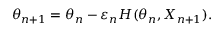
\theta _ { n + 1 } = \theta _ { n } - \varepsilon _ { n } H ( \theta _ { n } , X _ { n + 1 } ) .